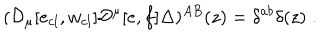
( { \cal D } _ { \mu } [ e _ { c l } , w _ { c l } ] { \cal D } ^ { \mu } [ e , f ] \Delta ) ^ { A B } ( z ) = \delta ^ { a b } \delta ( z ) \; .